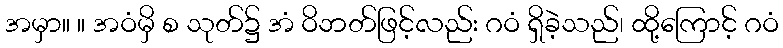
အမှာ။ ။ အဝံမှိ စ သုတ်၌ အံ ဝိဘတ်ဖြင့်လည်း ဂဝံ ရှိခဲ့သည်၊ ထို့ကြောင့် ဂဝံ